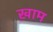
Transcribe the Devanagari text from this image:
ख़ाम